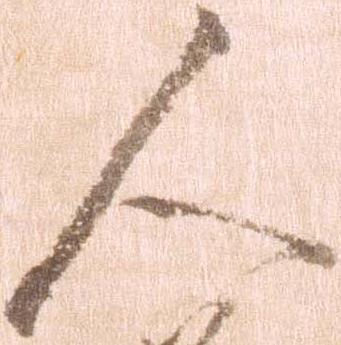
人